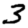
Digit: 3